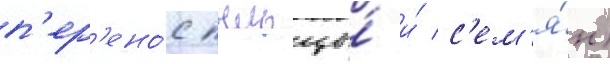
п'ер'ено́с пыльцы́ и́ с'ем'я́н)